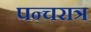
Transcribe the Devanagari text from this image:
पन्चरात्र